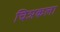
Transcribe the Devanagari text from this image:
चिञकला